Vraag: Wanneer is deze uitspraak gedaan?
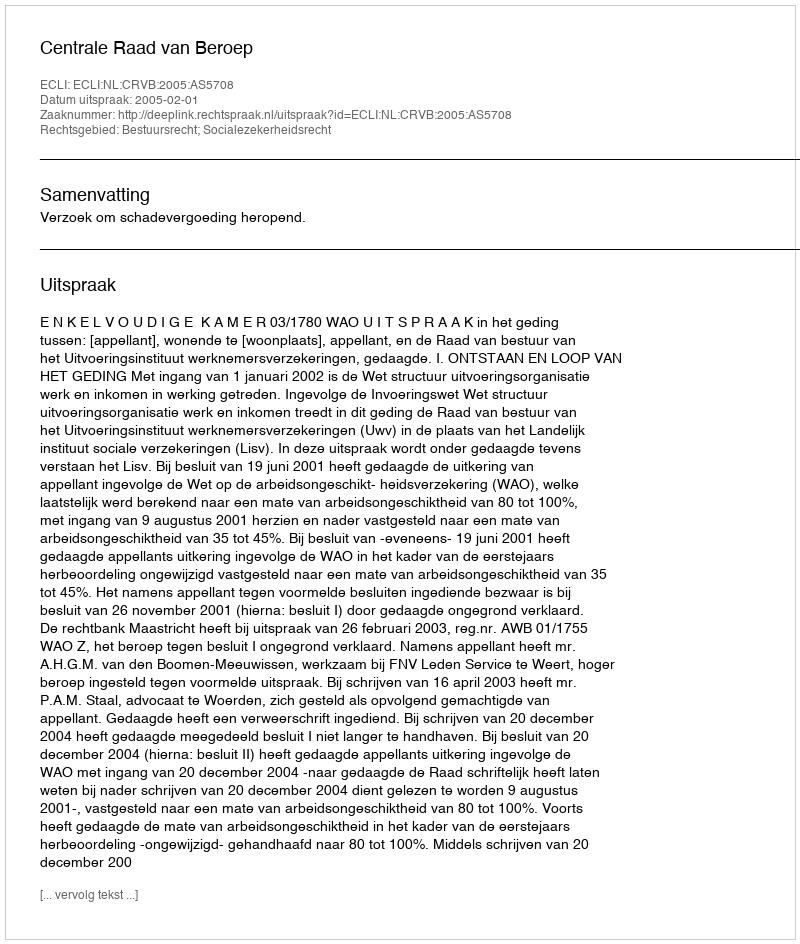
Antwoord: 2005-02-01